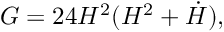
G = 2 4 H ^ { 2 } ( H ^ { 2 } + \dot { H } ) ,